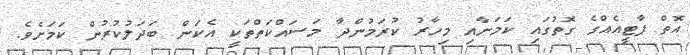
އޮތް ޕާޓީއެއްގެ ގޮތުގައި ކަމަށާއި މިހާރު ކުރަމުންދާ މަސައްކަތްތަކީ އެކަން ބަދަލުކުރުން ކަމަށެވެ.